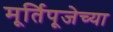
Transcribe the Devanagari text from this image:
मूर्तिपूजेच्या